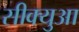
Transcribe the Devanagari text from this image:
सीक्युआ